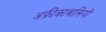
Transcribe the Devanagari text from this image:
अफ्रीकावासियों